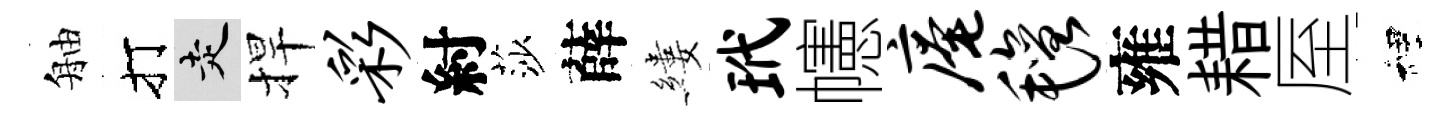
舳打走捍彩紂莎薛縷玳幰庵毡雍耤厔裡